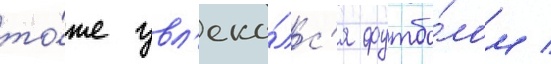
то́же увл'ека́лс'я футбо́лом /